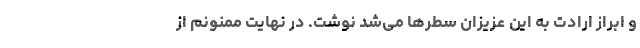
و ابراز ارادت به این عزیزان سطر‌ها می‌شد نوشت. در نهایت ممنونم از